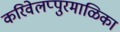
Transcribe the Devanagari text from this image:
करिवेलप्पुरमाळिका